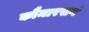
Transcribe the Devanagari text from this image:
कौमारसर्ग